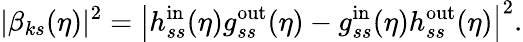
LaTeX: |\beta_{ks}(\eta)|^{2}=\left|h_{ss}^{\mathrm{in}}(\eta)g_{ss}^{\mathrm{out}}(\eta)-g_{ss}^{\mathrm{in}}(\eta)h_{ss}^{\mathrm{out}}(\eta)\right|^{2}.